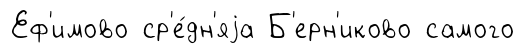
Еф'имово ср'е́дн'яjа Б'ерн'иково самого